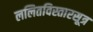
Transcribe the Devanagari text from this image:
ललितविस्तारसूत्र